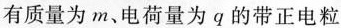
有质量为m、电荷量为q的带正电粒